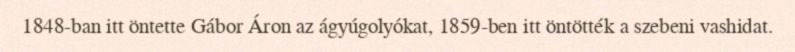
1848-ban itt öntette Gábor Áron az ágyúgolyókat, 1859-ben itt öntötték a szebeni vashidat.